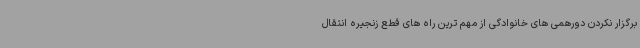
برگزار نکردن دورهمی های خانوادگی از مهم ترین راه های قطع زنجیره انتقال